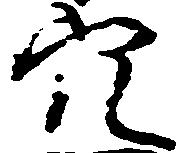
穴